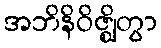
အဘိနိဝိဇ္ဈိတွာ